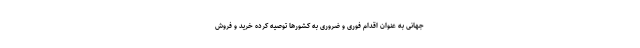
جهانی به عنوان اقدام فوری و ضروری به کشورها توصیه كرده خرید و فروش